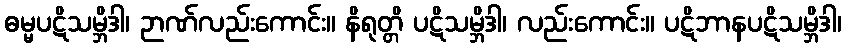
ဓမ္မပဋိသမ္ဘိဒါ၊ ဉာဏ်လည်းကောင်း။ နိရုတ္တိ ပဋိသမ္ဘိဒါ၊ လည်းကောင်း။ ပဋိဘာနပဋိသမ္ဘိဒါ၊